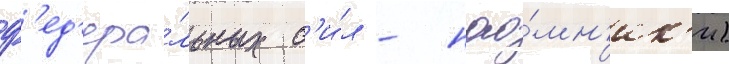
ф'ед'ера́льных с'и́л - нао́мн'ик'и)